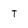
Character: T